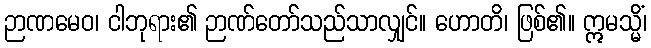
ဉာဏမေဝ၊ ငါဘုရား၏ ဉာဏ်တော်သည်သာလျှင်။ ဟောတိ၊ ဖြစ်၏။ ဣမသ္မိံ၊